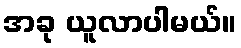
အခု ယူလာပါမယ်။